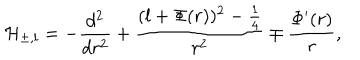
{ \cal H } _ { \pm , l } = - \displaystyle \frac { d ^ { 2 } } { d r ^ { 2 } } + \displaystyle \frac { ( l + \Phi ( r ) ) ^ { 2 } - \frac { 1 } { 4 } } { r ^ { 2 } } \mp \displaystyle \frac { \Phi ^ { \prime } ( r ) } { r } ,